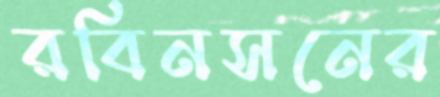
রবিনসনের